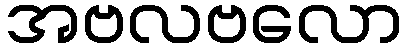
အဗလဗလော